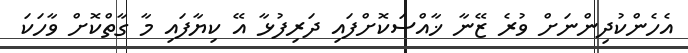
އެހެންކުދިންނަށް ވުރެ ޒޭނާ ޚާއްސަކޮށްފައި ދަރިފުޅާ އޭ ކިޔާފައި މާ ގާތްކޮށް ވާހަކަ